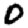
Digit: 0